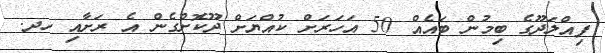
ފިއްލަދޫގެ ބިމުން ބައެއް 50 އަހަރަށް ކުއްޔަށް ދޫކޮށްގެން އެ ރަށާއި ހދ.